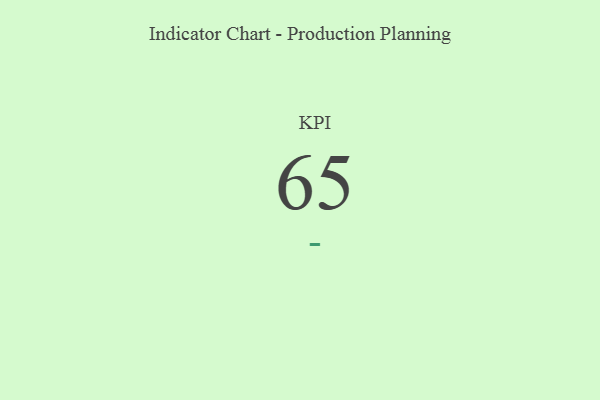
{"axis": {"x": "KPI", "y": "Value"}, "legend": [""], "data": [{"x": "KPI", "y": 65, "type": ""}]}